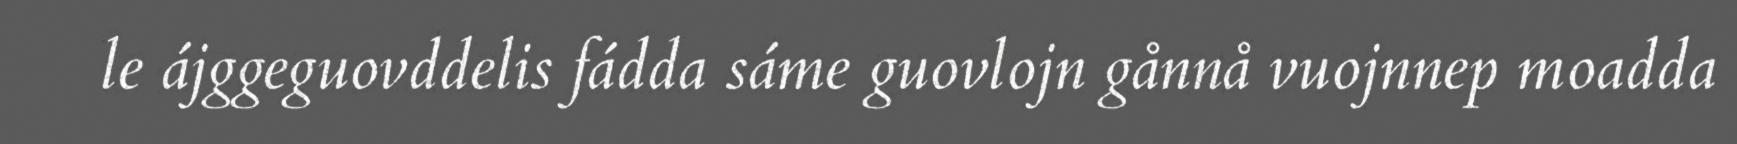
le ájggeguovddelis fádda sáme guovlojn gånnå vuojnnep moadda